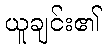
ယူချင်း၏